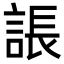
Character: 䛫